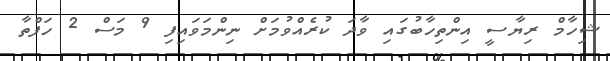
ޝިހާމް ރިޔާސީ އިންތިހާބުގައި ވާދަ ކުރެއްވުމަށް ނިންމަވައިފި 9 މަސް 2 ހަފްތާ